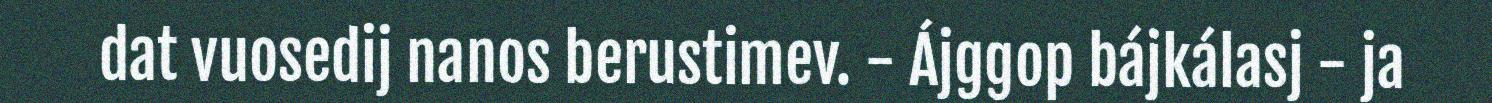
dat vuosedij nanos berustimev. - Ájggop bájkálasj - ja